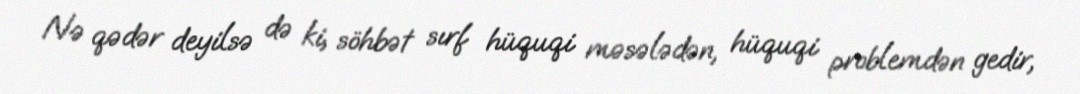
Nə qədər deyilsə də ki, söhbət sırf hüquqi məsələdən, hüquqi problemdən gedir,